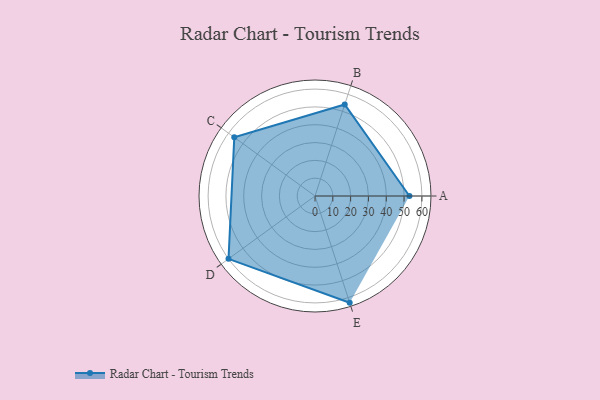
{"axis": {"x": "Skill", "y": "Score"}, "legend": ["Profile"], "data": [{"x": "A", "y": 53.0, "type": "Profile"}, {"x": "B", "y": 54.0, "type": "Profile"}, {"x": "C", "y": 56.0, "type": "Profile"}, {"x": "D", "y": 60.0, "type": "Profile"}, {"x": "E", "y": 63.0, "type": "Profile"}]}